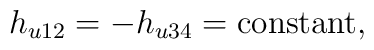
h_{u12}=-h_{u34}={\rm constant},